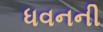
ધવનની